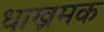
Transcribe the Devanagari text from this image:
धाख्रमक